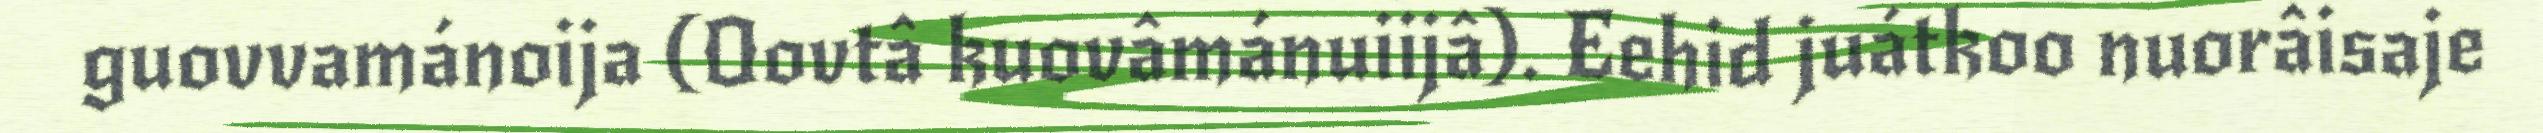
guovvamánoija (Oovtâ kuovâmánuiijâ). Eehid juátkoo nuorâisaje